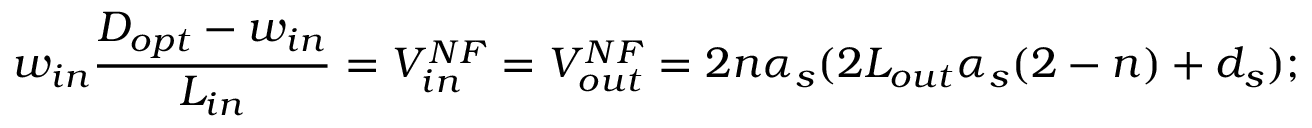
w _ { i n } \frac { D _ { o p t } - w _ { i n } } { L _ { i n } } = V _ { i n } ^ { N F } = V _ { o u t } ^ { N F } = 2 n \alpha _ { s } ( 2 L _ { o u t } \alpha _ { s } ( 2 - n ) + d _ { s } ) ;